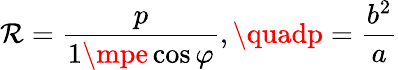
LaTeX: \mathcal{R}={\frac{{p}}{{1\mpe\cos\varphi}}},\quadp={\frac{{b^{2}}}{{a}}}